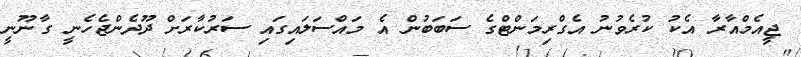
ޖީއެމްއާރާ އެކު ކުރެވުނު އެގްރިމަންޓްގެ ސަބަބުން އެ މައްސަލައިގައި ސަރުކާރަށް ދޫދެންޖެހެނީ ގާނޫނީ